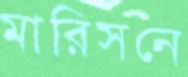
মারিসনে